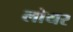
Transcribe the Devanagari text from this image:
लोयर